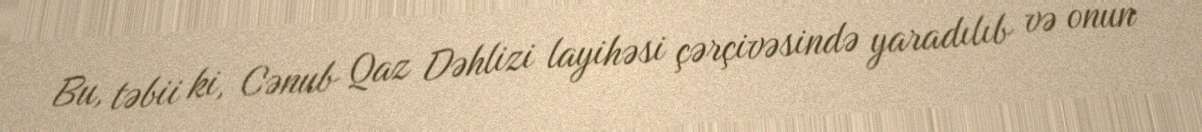
Bu, təbii ki, Cənub Qaz Dəhlizi layihəsi çərçivəsində yaradılıb və onun